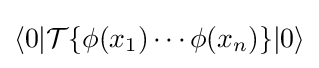
\langle 0|{\mathcal {T}}\{\phi (x_{1})\cdots \phi (x_{n})\}|0\rangle